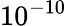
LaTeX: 10^{-10}